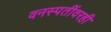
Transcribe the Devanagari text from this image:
वनस्पतींवरही